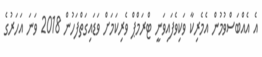
އެ އެއްބަސްވުމުން އެމެރިކާ ވަކިވެފައިވަނީ ޓްރަމްޕް ވެރިކަމަށް ވަޑައިގަތްފަހުން 2018 ވަނަ އަހަރުގެ